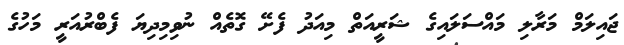
ޖައިލަމް މަރާލި މައްސަލައިގެ ޝަރީއަތް މިއަދު ފެށޭ ގޮތެއް ނުވިމިދިޔަ ފެބްރުއަރީ މަހުގެ